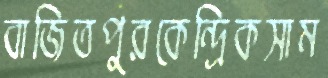
বাজিতপুরকেন্দ্রিকসাম